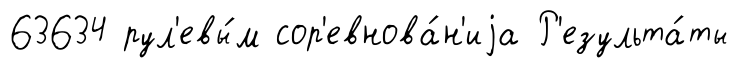
63634 рул'евы́м сор'евнова́н'иjа Р'езульта́ты